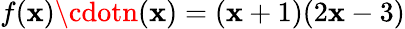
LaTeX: f(\mathbf{x})\cdotn(\mathbf{x})=(\mathbf{x}+1)(2\mathbf{x}-3)